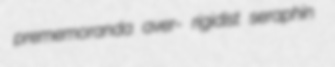
prememoranda aver- rigidist seraphin